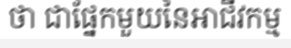
ថា ជាផ្នែកមួយនៃអាជីវកម្ម